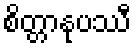
စိတ္တာနုပဿီ